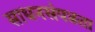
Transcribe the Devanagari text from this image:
साधनसंपन्नता